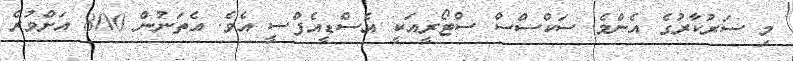
މި ސަރުކާރުގެ އެންމެ ސަކްސްސް ސްޓޯރީއަކީ އެސްޑީއެފްސީ އެވެ. އެތަނުން 800 އަށްވުރެ